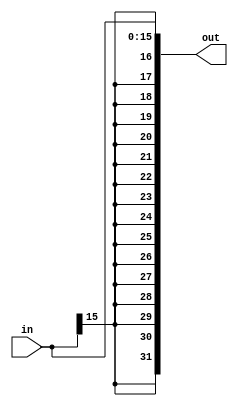
`timescale 1ns / 1ps
////////////////////////////////////////////////////////////////////////////////
// ECE369 - Computer Architecture
// 
// Module - SignExtension.v
// Description - Sign extension module.
////////////////////////////////////////////////////////////////////////////////
module SignExtension(in, out);

    /* A 16-Bit input word */
    input [15:0] in;
    
    /* A 32-Bit output word */
    output reg [31:0] out;
    reg addi;
    
    initial begin 
    addi <= 16'b0000;
    end
    
    always@(*) begin 
        out[15:0] <= in[15:0];
        out[31:16] <= {16{in[15]}};
    end  

endmodule